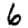
Digit: 6